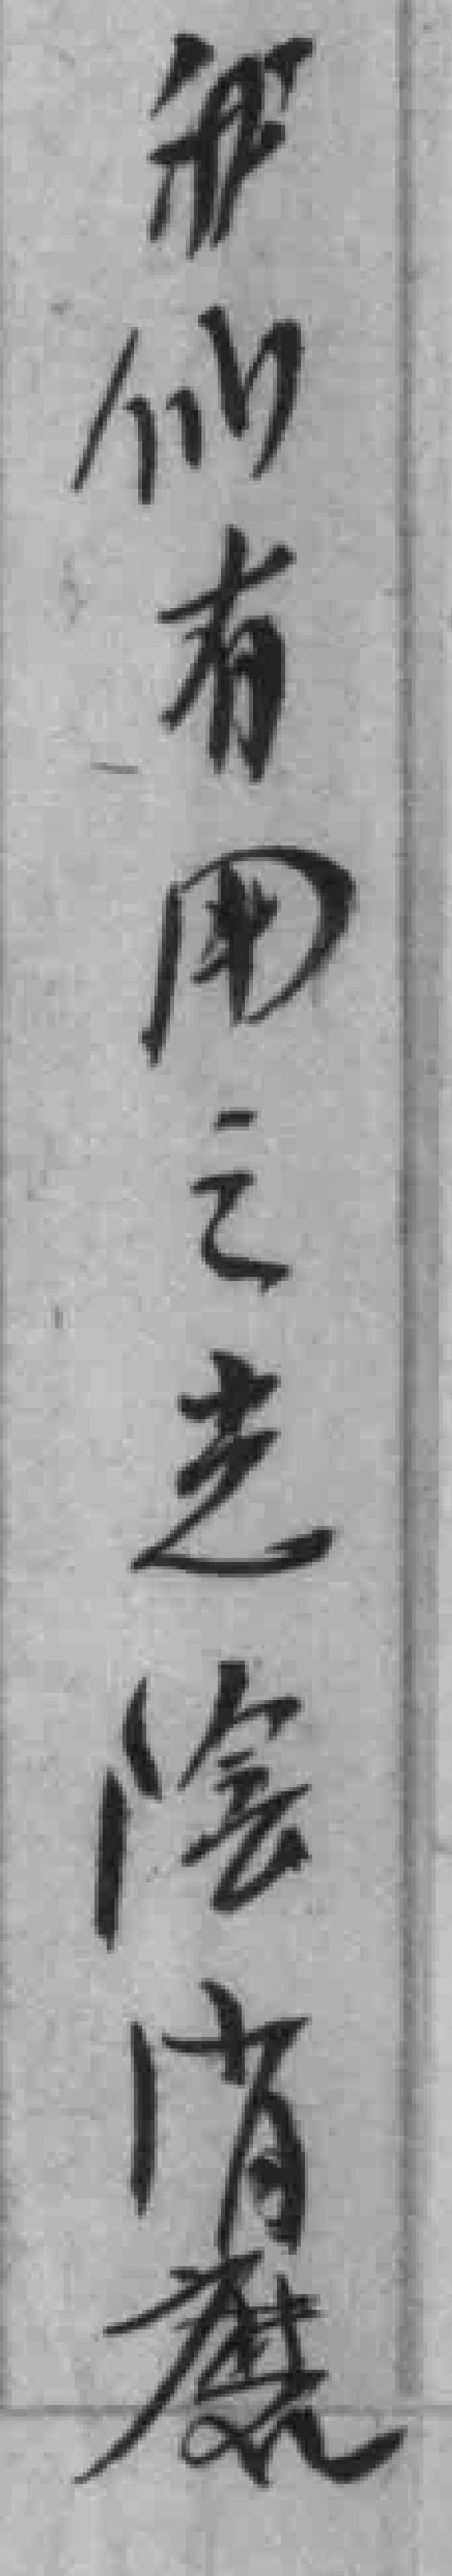
我们有用之光陰消磨